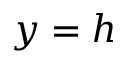
y = h